King Institute of Preventive Medicine Micro-Biological Section reports 1909-11
Year: 1909
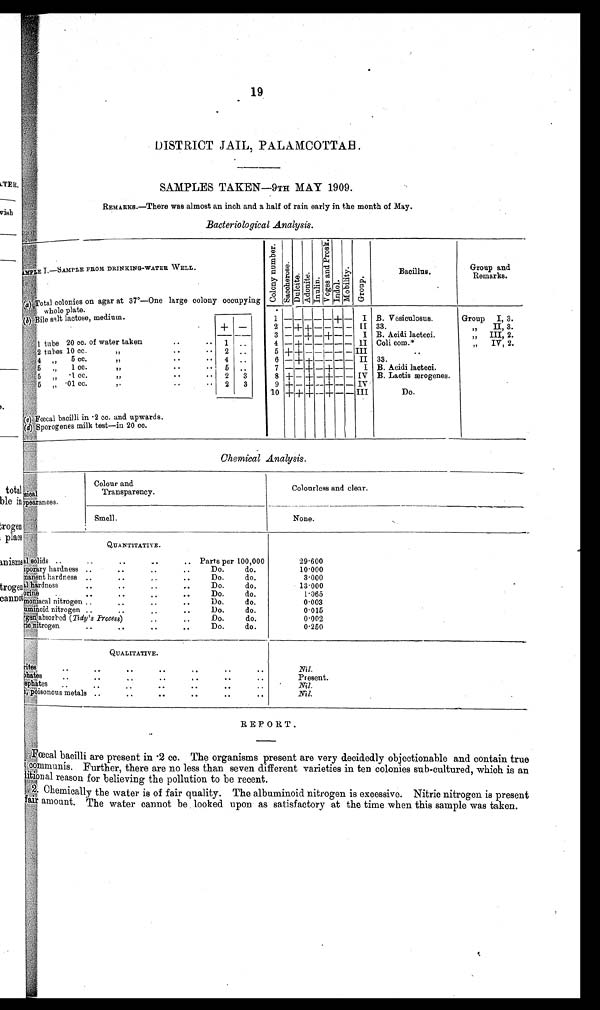
19
DISTRICT JAIL, PALAMCOTTAH.
SAMPLES TAKEN—9TH MAY 1909.
REMARKS.—There was almost an inch and a half of rain early in the month of May.
Bacteriological Analysis.
S A M P L E I . — S A M P L E F R O M D R I N K I N G - W A T E R W E L L .
C o l o n y n u m b e r .
S a c c h e r o s e .
D u l c i t e . A d o n i t e . I n u l i n .
V o g e s a n d P r o s k .
Indol.
M o b i l i t y .
G r o u p .
Bacillus.
Group and
Remarks.
(
a
) T o t a l c o l o n i e s o n a g a r a t 3 7°— O n e l a r g e c o l o n y o c c u p y i n g
whole plate.
(b) Bile salt lactose,
medium.
1
— — — — —
+ — I B. Vesiculosus.
Group I, 3.
+ —
2
—
+ + — — — — II 33.
" II, 3.
3
—
— + — +
—
— I B. Acidi lacteci.
" III, 2.
1 tube 20 cc. of water taken
..
1 ..
4
—
+
— — — — —
I Coli com.*
,, IV, 2.
2 tubes 10 cc. "
..
2 ..
5 + +
— — —
— III
4 „ 5 cc. "
4 ..
6
—
+ + — — — II 33.
5 " 1 cc. "
. .
. .
5 ..
7
— —
+
— — —
I B. Acidi lacteci.
5 " .1 cc. "
..
. . 2 3
8 + — + —
—
— IV B. Lactis ærogenes.
5 .01 cc. "
. .
. .
2 3
9 +
—
+
— — —
IV
10 + + + — — — III
Do.
(c) Fœcal bacilli in .2 cc. and upwards.
(d ) Sporogenes milk test—in 20 cc.
Chemical Analysis.
p e a r a n c e s .
Colour and
Transparency.
Colourless and clear.
Smell.
None.
QUANTITATIVE.
s o l i d s . . . . . . . . . .
Parts per 100,000
29.600
Temporary hardness .. ..
Do.
do.
10.000
Permanent hardness .. .. . . ..
Do.
do.
3.000
hardness .. . . . .
Do.
do.
13.000
c h l o r i n e .
.
. .
. .
Do.
do.
1.065
moniacal nitrogen ..
. ..
Do.
do.
0.003
A l b u m i n o i d n i t r o g e n
. .
. .
. .
Do.
do.
0.015
Oxygen absorbed (Tedy's Process) . . ..
Do.
do.
0.002
Nitric nitrogen .. .. .. . .
Do.
do.
0.250
QUALITATIVE.
Nitrites . . .. .. .. . . . . .
Nil.
p h a t e s
,
.
. .
.
. .
.
. .
Present.
sphates .. .. . . ..
Nil.
poisonous metals ..
..
. . . . .. ..
Nil.
REPORT.
Fœcal bacilli are present in .2 cc. The organisms present are very decidedly objectionable and contain true
communis. Further, there are no less than seven different varieties in ten colonies sub-cultured, which is an
litional reason for believing the pollution to be recent.
2. Chemically the water is of fair quality. The albuminoid nitrogen is excessive. Nitric nitrogen is present
fair amount. The water cannot be looked upon as satisfactory at the time when this sample was taken.